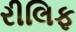
રીલિફ